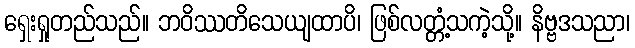
ရှေးရှုတည်သည်။ ဘဝိဿတိသေယျထာပိ၊ ဖြစ်လတ္တံ့သကဲ့သို့။ နိဗ္ဗဒသညာ၊